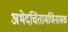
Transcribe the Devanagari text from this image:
अभेदचिंतामणिनामक